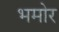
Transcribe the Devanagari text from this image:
भमोर